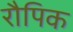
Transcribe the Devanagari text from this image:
रौपिक